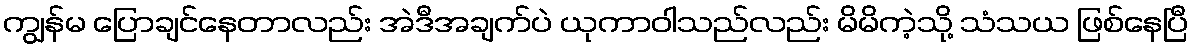
ကျွန်မ ပြောချင်နေတာလည်း အဲဒီအချက်ပဲ ယုကာဝါသည်လည်း မိမိကဲ့သို့ သံသယ ဖြစ်နေပြီ